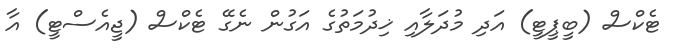
ޓެކްސް (ބީޕީޓީ) އަދި މުދަލާއި ޚިދުމަތުގެ އަގުން ނެގޭ ޓެކްސް (ޖީއެސްޓީ) އާ